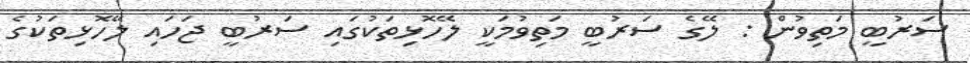
ސަރުބީ މަތިވުން : ލޭގެ ސަރުބީ މަތިވުމަކީ ލޭހޮޅިތަކުގައި ސަރުބީ ޖަހައި ލޭހޮޅިތަކުގެ